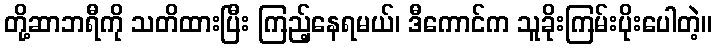
တို့ဆာဘရီကို သတိထားပြီး ကြည့်နေရမယ်၊ ဒီကောင်က သူခိုးကြမ်းပိုးပေါတဲ့။